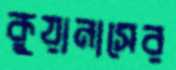
কুয়ানাসের